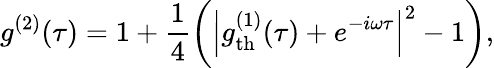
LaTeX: g^{(2)}(\tau)=1+\frac{1}{4}\left(\left|g_{\mathrm{th}}^{(1)}(\tau)+e^{-i\omega\tau}\right|^{2}-1\right),